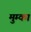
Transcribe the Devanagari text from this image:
मुम्का